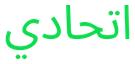
اتحادي